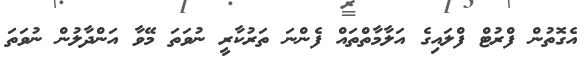
އެގޮތުން ފްރުޓް ފްލައިގެ އަލާމާތްތައް ފެންނަ ތަރުކާރީ ނުވަތަ މޭވާ އަންދާލުން ނުވަތަ